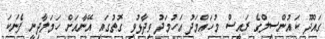
ގައްދޫ ކައުންސިލްގެ ރައީސް މުހައްމަދު އަހުމަދު ވިދާޅުވި ގޮތުގައި އޭނާއަށް ހަމަލާދިނީ ފެނަކަ